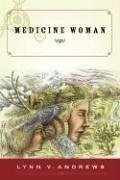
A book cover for Medicine Woman; Lynn V. Andrews; Religion & Spirituality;